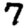
Digit: 7